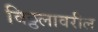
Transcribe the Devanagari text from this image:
विठ्ठलावरील